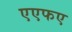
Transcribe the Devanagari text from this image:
एएफए